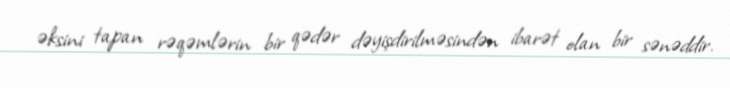
əksini tapan rəqəmlərin bir qədər dəyişdirilməsindən ibarət olan bir sənəddir.